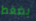
يضغط